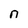
Character: n